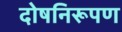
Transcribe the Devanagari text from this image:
दोषनिरूपण